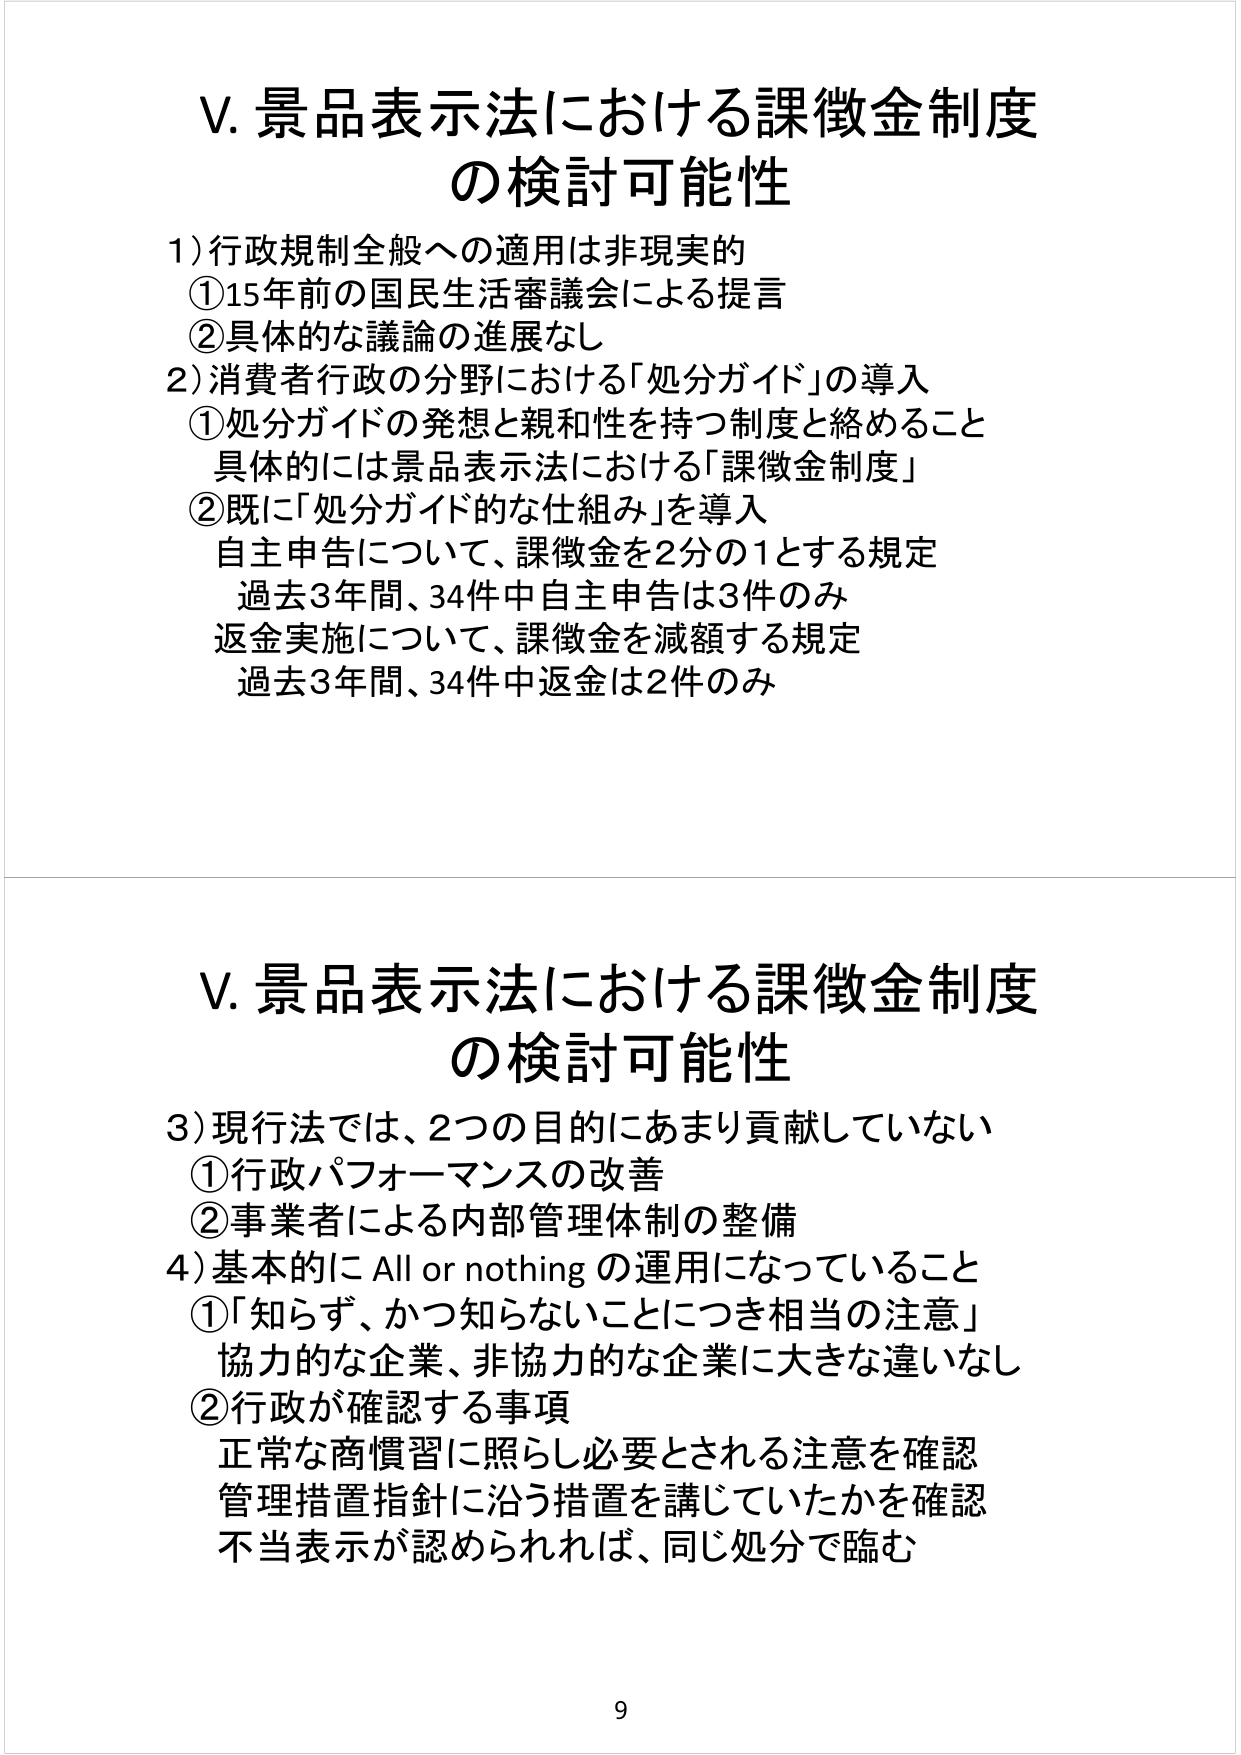
V. 景品表示法における課徴金制度
の検討可能性

1) 行政規制全般への適用は非現実的
① 15年前の国民生活審議会による提言
② 具体的な議論の進展なし

2) 消費者行政の分野における「処分ガイド」の導入
① 処分ガイドの発想と親和性を持つ制度と絡めること
具体的には景品表示法における「課徴金制度」
② 既に「処分ガイド的な仕組み」を導入
自主申告について、課徴金を2分の1とする規定
過去3年間、34件中自主申告は3件のみ
返金実施について、課徴金を減額する規定
過去3年間、34件中返金は2件のみ

V. 景品表示法における課徴金制度
の検討可能性

3) 現行法では、2つの目的にあまり貢献していない
① 行政パフォーマンスの改善
② 事業者による内部管理体制の整備

4) 基本的に All or nothing の運用になっていること
① 「知らず、かつ知らないことにつき相当の注意」
協力的な企業、非協力的な企業に大きな違いなし
② 行政が確認する事項
正常な商慣習に照らし必要とされる注意を確認
管理措置指針に沿う措置を講じていたかを確認
不当表示が認められれば、同じ処分で臨む

9